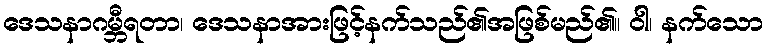
ဒေသနာဂမ္ဘီရတာ၊ ဒေသနာအားဖြင့်နက်သည်၏အဖြစ်မည်၏။ ဝါ၊ နက်သော